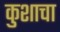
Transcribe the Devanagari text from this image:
कुशाचा